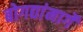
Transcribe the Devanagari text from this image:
बोगद्यांमार्गे